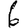
Digit: 6